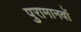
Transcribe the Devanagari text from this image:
पुरामानवों